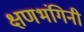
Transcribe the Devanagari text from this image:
क्षणभंगिनी